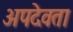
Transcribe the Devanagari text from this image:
अपदेवता